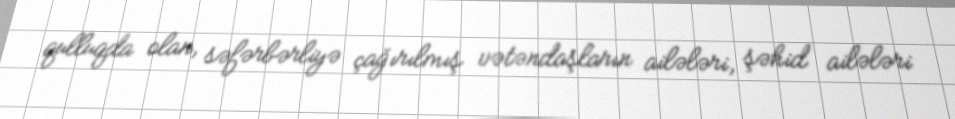
qulluqda olan, səfərbərliyə çağırılmış vətəndaşların ailələri, şəhid ailələri